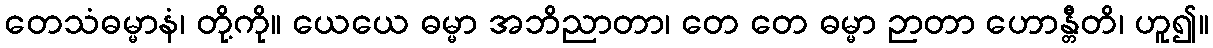
တေသံဓမ္မာနံ၊ တို့ကို။ ယေယေ ဓမ္မာ အဘိညာတာ၊ တေ တေ ဓမ္မာ ဉာတာ ဟောန္တီတိ၊ ဟူ၍။